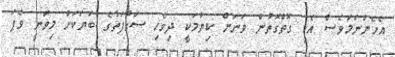
އެހެންނަމަވެސް އެކި ގޮތްގޮތުން ވަނަން ކިޔުމަކީ ދިވެހި ސަގާފަތުގެ ބަޔަކަށް މިވަނީ ވެފަ